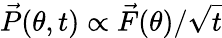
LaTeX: \vec{P}(\theta,t)\propto\vec{F}(\theta)/\sqrt{t}